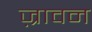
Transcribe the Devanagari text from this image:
ज़्रावन